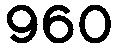
960